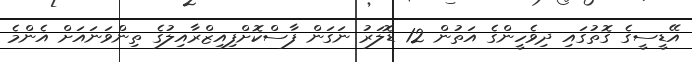
އޭޑީސީގެ ގޮތުގައި ދިވެހީންގެ އަތުން 12 ޑޮލަރު ނަގަން ފާސްކޮށްފިއިޒްރާއިލުގެ ތިންވަނައަށް އެންމެ